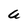
Character: U